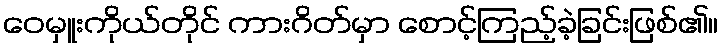
ဝေမှူးကိုယ်တိုင် ကားဂိတ်မှာ စောင့်ကြည့်ခဲ့ခြင်းဖြစ်၏။